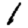
Digit: 1